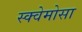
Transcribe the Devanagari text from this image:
स्क्वेमोसा